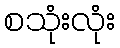
စသုံးလုံး